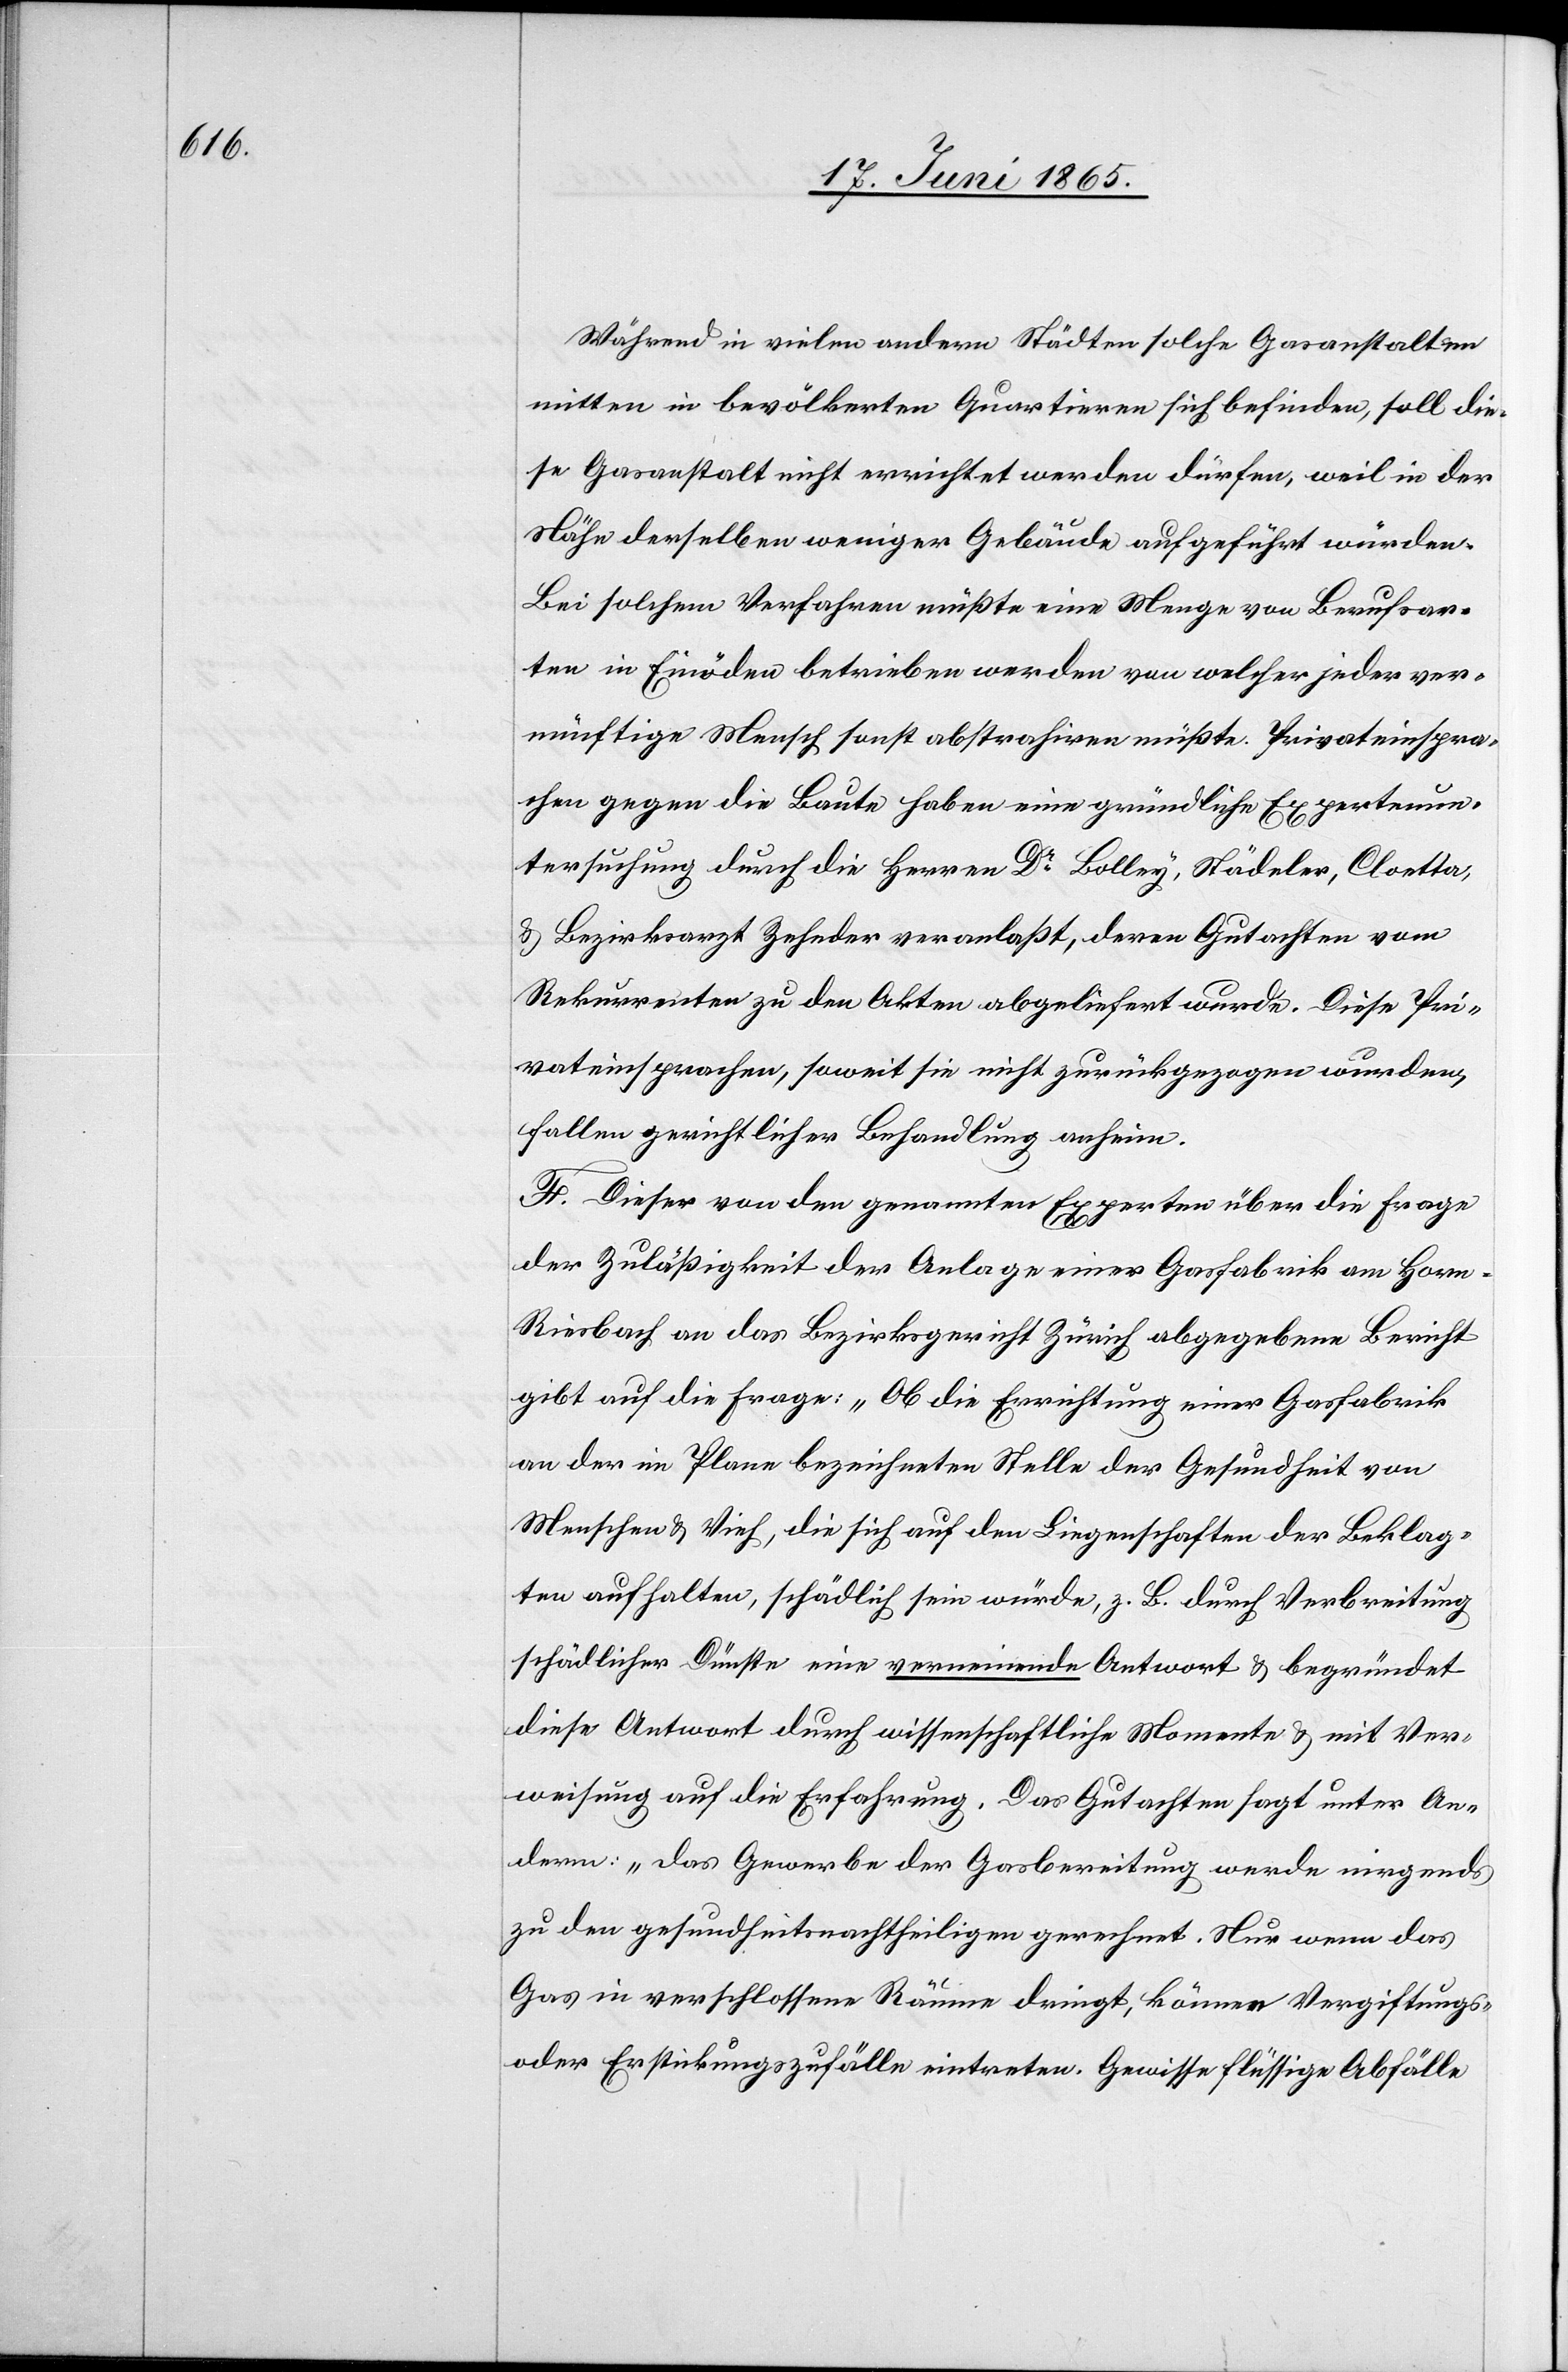
Während in vielen andern Städten solche Gasanstalten
mitten in bevölkerten Quartieren sich befinden, soll die¬
se Gasanstalt nicht errichtet werden dürfen, weil in der
Nähe derselben weniger Gebäude aufgeführt würden.
Bei solchem Vefahren müßte eine Menge von Berufsar¬
ten in Einöden betrieben werden von welcher jeder ver¬
nünftige Mensch sonst abstrahiren müßte. Privateinspra¬
chen gegen die Baute haben eine gründliche Expertenun¬
tersuchung durch die Herren Dr Bolley, Städeler, Cloetta,
& Bezirksarzt Zehnder veranlaßt, deren Gutachten vom
Rekurrenten zu den Akten abgeliefert wurde. Diese Pri¬
vateinsprachen, soweit sie nicht zurückgezogen wurden,
fallen gerichtlicher Behandlung anheim.
F. Dieser von den genannten Experten über die Frage
der Zuläßigkeit der Anlage einer Gasfabrik am Hor¬
n-Riesbach an das Bezirksgericht Zürich abgegebene Bericht
gibt auf die Frage: „Ob die Errichtung einer Gasfabrik
an der im Plane bezeichneten Stelle der Gesundheit von
Menschen & Vieh, die sich auf den Liegenschaften der Beklag¬
ten aufhalten, schädlich sein würde, z. B. durch Verbreitung
schädlicher Dünste eine verneinende Antwort & begründet
diese Antwort durch wissenschaftliche Momente & mit Ver¬
weisung auf die Erfahrung. Das Gutachten sagt unter An¬
derm: „Das Gewerbe der Gasbereitung werde nirgends
zu den gesundheitsnachtheiligen gerechnet. Nur wenn das
Gas in verschlossene Räume dringt, können Vergiftungs-
oder Erstickungszufälle eintreten. Gewisse flüssige Abfälle